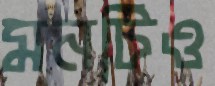
মনটিও